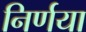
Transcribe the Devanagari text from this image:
निर्णया